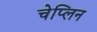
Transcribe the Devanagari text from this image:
चेप्लिन